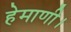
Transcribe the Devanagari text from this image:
हेमाणी।